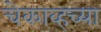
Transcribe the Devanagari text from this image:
चेकाव्हच्या